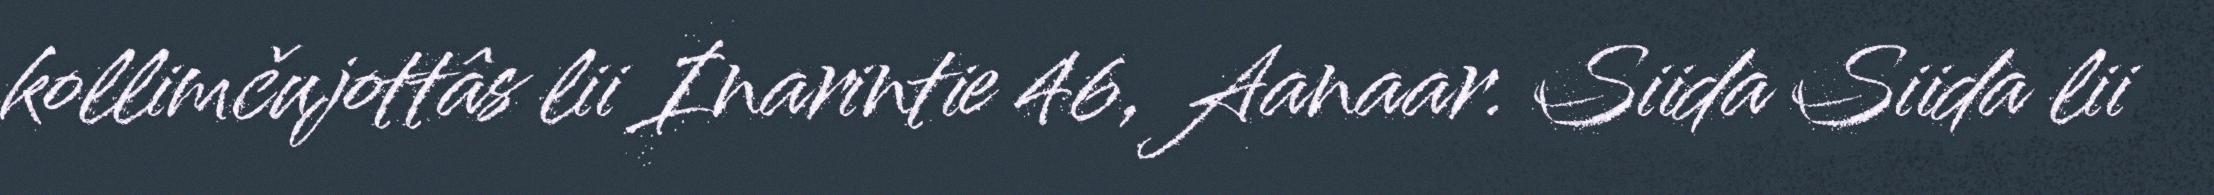
kollimčujottâs lii Inarintie 46, Aanaar. Siida Siida lii